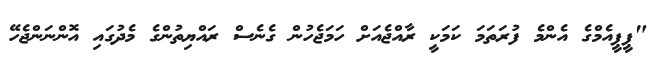
"ޕީޕީއެމްގެ އެންމެ ފުރަތަމަ ކަމަކީ ރާއްޖެއަށް ހަމަޖެހުން ގެނެސް ރައްޔިތުންގެ މެދުގައި އޮންނަންޖެހޭ